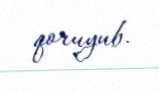
qoruyub.